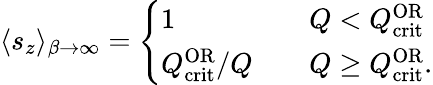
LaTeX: \langle s_{z}\rangle_{\beta\to\infty}=\left\{ \begin{array}{ll}{1}&{\quad Q<Q_{\mathrm{crit}}^{\mathrm{OR}}}\\ {Q_{\mathrm{crit}}^{\mathrm{OR}}/Q}&{\quad Q\geq Q_{\mathrm{crit}}^{\mathrm{OR}}.}\end{array}\right.